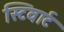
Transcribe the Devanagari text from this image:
स्टिवार्ट